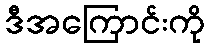
ဒီအကြောင်းကို